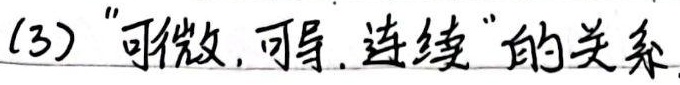
(3) “可微, 可导, 连续” 的关系